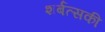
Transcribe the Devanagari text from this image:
शर्बत्सकी